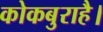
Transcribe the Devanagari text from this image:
कोकबुराहै।